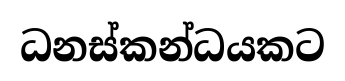
ධනස්කන්ධයකට